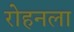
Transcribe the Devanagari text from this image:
रोहनला